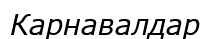
Карнавалдар